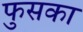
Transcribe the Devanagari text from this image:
फुसका